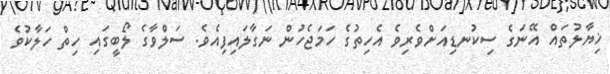
ޚިޔާލުތައް އޭނަގެ ސިކުނޑިއަށްވެރިވެ އެހިތުގެ ހަމަޖެހުން ނަގާލައިފިއެވެ. ސަލްވާގެ ލޯބީގައި ހިތް ހަލާކުވެ